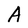
Character: A